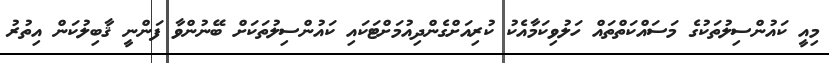
މިއީ ކައުންސިލުތަކުގެ މަސައްކަތްތައް ހަލުވިކަމާއެކު ކުރިއަށްގެންދިއުމަށްޓަކައި ކައުންސިލުތަކަށް ބޭނުންވާ ފަންނީ ޤާބިލުކަން އިތުރު